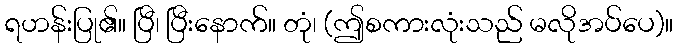
ရဟန်းပြု၏။ ပြီ၊ ပြီးနောက်။ တုံ၊ (ဤစကားလုံးသည် မလိုအပ်ပေ)။